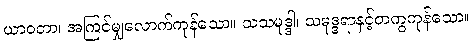
ယာဝတာ၊ အကြင်မျှလောက်ကုန်သော။ သသမုဒ္ဒါ၊ သမုဒ္ဒရာနှင့်တကွကုန်သော။